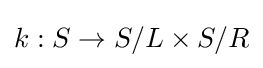
k:S\rightarrow S/L\times S/R